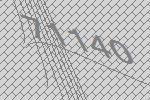
71140